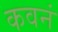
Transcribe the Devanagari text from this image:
कवनं